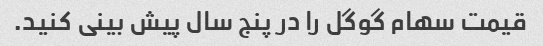
قیمت سهام گوگل را در پنج سال پیش بینی کنید.